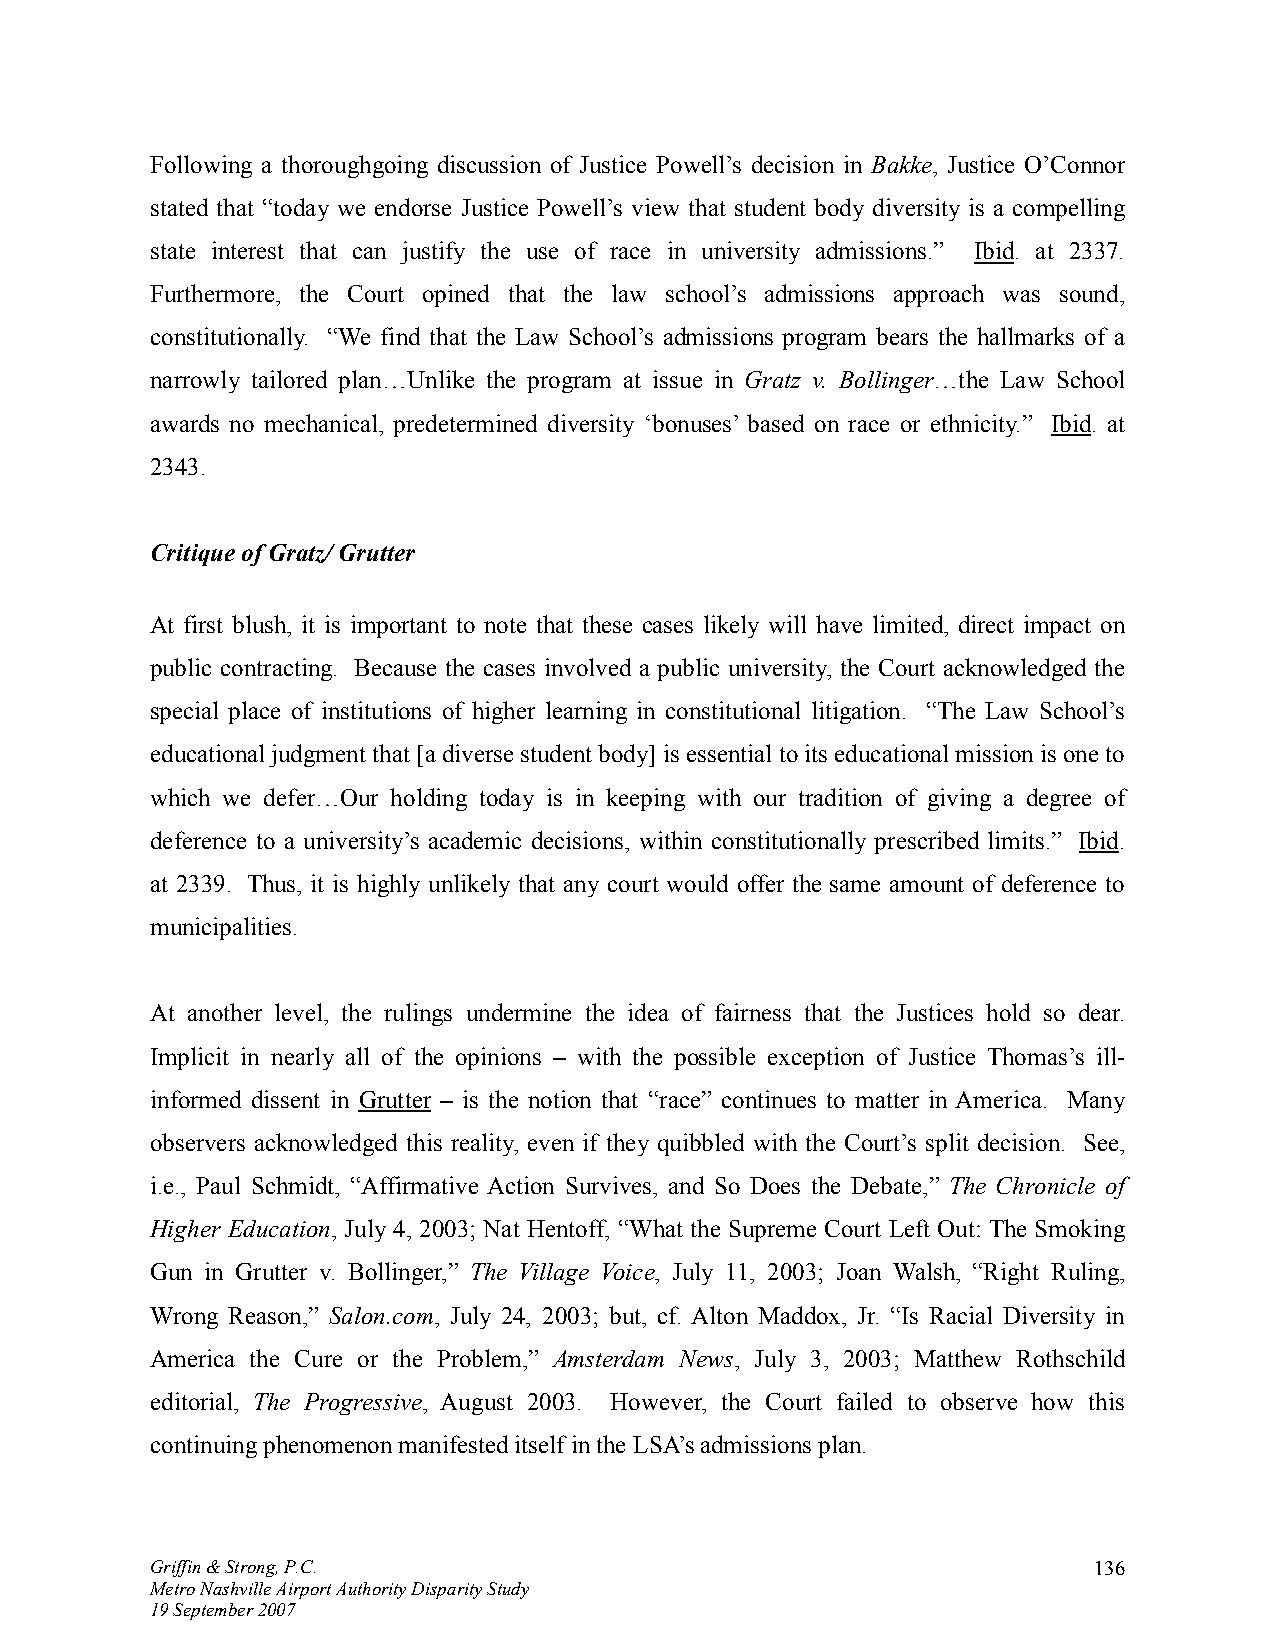
Following a thoroughgoing discussion of Justice Powell’s decision in Bakke, Justice O’Connor
 stated that “today we endorse Justice Powell’s view that student body diversity is a compelling
 state interest that can justify the use of race in university admissions.” Ibid. at 2337.
 Furthermore, the Court opined that the law school’s admissions approach was sound,
 constitutionally. “We find that the Law School’s admissions program bears the hallmarks of a
 narrowly tailored plan…Unlike the program at issue in Gratz v. Bollinger…the Law School
 awards no mechanical, predetermined diversity ‘bonuses’ based on race or ethnicity.” Ibid. at
 2343.
 Critique of Gratz/ Grutter
 At first blush, it is important to note that these cases likely will have limited, direct impact on
 public contracting. Because the cases involved a public university, the Court acknowledged the
 special place of institutions of higher learning in constitutional litigation. “The Law School’s
 educational judgment that [a diverse student body] is essential to its educational mission is one to
 which we defer…Our holding today is in keeping with our tradition of giving a degree of
 deference to a university’s academic decisions, within constitutionally prescribed limits.” Ibid.
 at 2339. Thus, it is highly unlikely that any court would offer the same amount of deference to
 municipalities.
 At another level, the rulings undermine the idea of fairness that the Justices hold so dear.
 Implicit in nearly all of the opinions – with the possible exception of Justice Thomas’s ill-
 informed dissent in Grutter – is the notion that “race” continues to matter in America. Many
 observers acknowledged this reality, even if they quibbled with the Court’s split decision. See,
 i.e., Paul Schmidt, “Affirmative Action Survives, and So Does the Debate,” The Chronicle of
 Higher Education, July 4, 2003; Nat Hentoff, “What the Supreme Court Left Out: The Smoking
 Gun in Grutter v. Bollinger,” The Village Voice, July 11, 2003; Joan Walsh, “Right Ruling,
 Wrong Reason,” Salon.com, July 24, 2003; but, cf. Alton Maddox, Jr. “Is Racial Diversity in
 America the Cure or the Problem,” Amsterdam News, July 3, 2003; Matthew Rothschild
 editorial, The Progressive, August 2003. However, the Court failed to observe how this
 continuing phenomenon manifested itself in the LSA’s admissions plan.
 Griffin & Strong, P.C.                                        136
 Metro Nashville Airport Authority Disparity Study
 19 September 2007